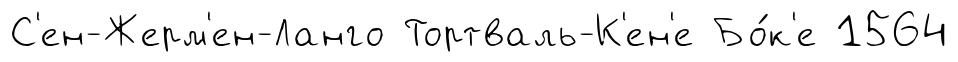
С'ен-Жерм'ен-Ланго Тортваль-К'ен'е Бо́к'е 1564